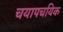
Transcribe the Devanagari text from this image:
चयापचयिक